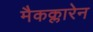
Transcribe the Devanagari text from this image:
मैकक्लारेन